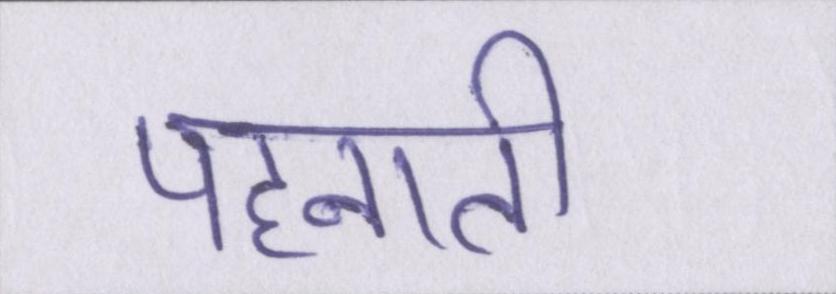
पहनाती